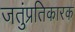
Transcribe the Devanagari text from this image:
जतुंप्रतिकारक